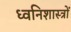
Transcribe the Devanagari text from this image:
ध्वनिशास्त्रों